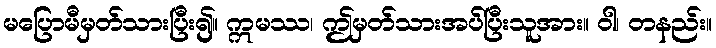
မပြောမီမှတ်သားပြီး၍။ ဣမဿ၊ ဤမှတ်သားအပ်ပြီးသူအား။ ဝါ၊ တနည်း။